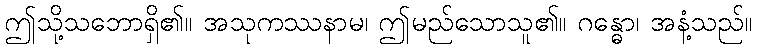
ဤသို့သဘောရှိ၏။ အသုကဿနာမ၊ ဤမည်သောသူ၏။ ဂန္ဓော၊ အနံ့သည်။